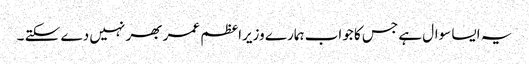
یہ ایسا سوال ہے جس کا جواب ہمارے وزیراعظم عمر بھر نہیں دے سکتے ۔